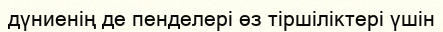
дүниенің де пенделері өз тіршіліктері үшін